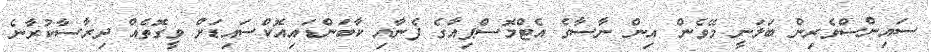
ސައިންސްވެރިން ބަލަނީ މޭވެން އިން ނާސާގެ އެޓްމޮސްޕިއާގެ ފެނާއި ކާބަންޑައިއޮކްސައިޑަށް ވީގޮތެއް ދިރާސާކުރާނެ